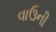
વાઉની